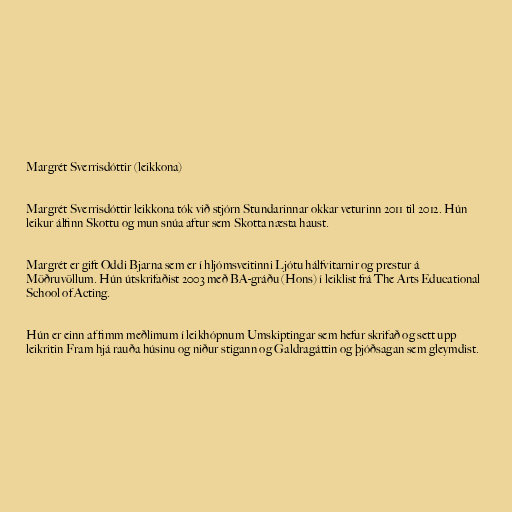
Margrét Sverrisdóttir (leikkona)

Margrét Sverrisdóttir leikkona tók við stjórn Stundarinnar okkar veturinn 2011 til 2012. Hún
leikur álfinn Skottu og mun snúa aftur sem Skotta næsta haust.

Margrét er gift Oddi Bjarna sem er í hljómsveitinni Ljótu hálfvitarnir og prestur á
Möðruvöllum. Hún útskrifaðist 2003 með BA-gráðu (Hons) í leiklist frá The Arts Educational
School of Acting.

Hún er einn af fimm meðlimum í leikhópnum Umskiptingar sem hefur skrifað og sett upp
leikritin Fram hjá rauða húsinu og niður stigann og Galdragáttin og þjóðsagan sem gleymdist.